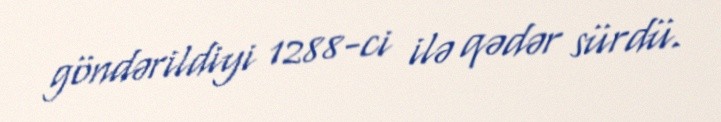
göndərildiyi 1288-ci ilə qədər sürdü.